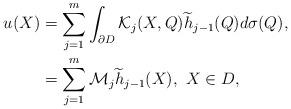
LaTeX: \begin{align*}u(X)&=\sum_{j=1}^{m}\int_{\partial D}\mathcal{K}_{j}(X,Q)\widetilde{h}_{j-1}(Q)d\sigma(Q),\\&=\sum_{j=1}^{m}\mathcal{M}_{j}\widetilde{h}_{j-1}(X),\,\, X\in D,\end{align*}